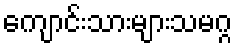
ကျောင်းသားများသမဂ္ဂ